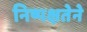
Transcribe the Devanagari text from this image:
निष्पक्षतेने